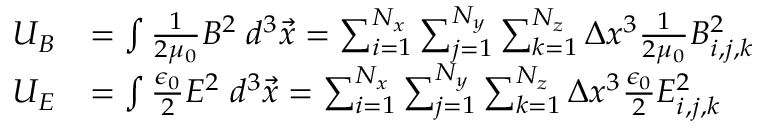
\begin{array} { r l } { U _ { B } } & { = \int \frac { 1 } { 2 \mu _ { 0 } } B ^ { 2 } \; d ^ { 3 } \vec { x } = \sum _ { i = 1 } ^ { N _ { x } } \sum _ { j = 1 } ^ { N _ { y } } \sum _ { k = 1 } ^ { N _ { z } } \Delta x ^ { 3 } \frac { 1 } { 2 \mu _ { 0 } } B _ { i , j , k } ^ { 2 } } \\ { U _ { E } } & { = \int \frac { \epsilon _ { 0 } } { 2 } E ^ { 2 } \; d ^ { 3 } \vec { x } = \sum _ { i = 1 } ^ { N _ { x } } \sum _ { j = 1 } ^ { N _ { y } } \sum _ { k = 1 } ^ { N _ { z } } \Delta x ^ { 3 } \frac { \epsilon _ { 0 } } { 2 } E _ { i , j , k } ^ { 2 } } \end{array}